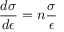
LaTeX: { \frac { d \sigma } { d \epsilon } } = n { \frac { \sigma } { \epsilon } } \,